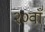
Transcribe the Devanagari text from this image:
२०वाँ